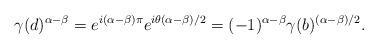
\begin{align*}\gamma(d)^{\alpha-\beta}=e^{i(\alpha-\beta)\pi}e^{i\theta(\alpha-\beta)/2}=(-1)^{\alpha-\beta}\gamma(b)^{(\alpha-\beta)/2}.\end{align*}